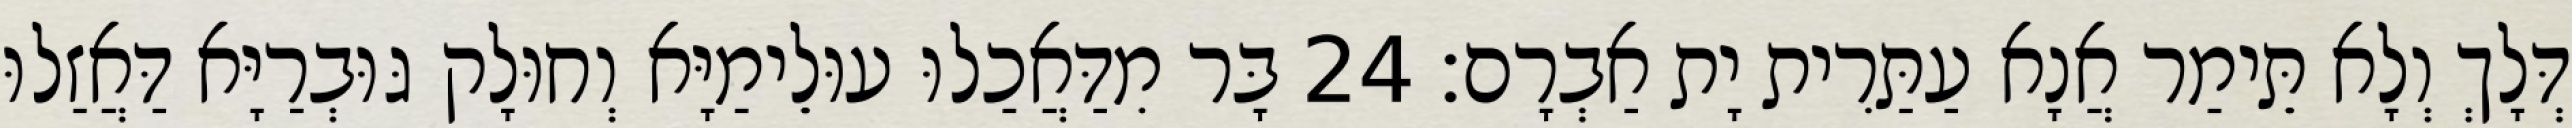
דְּלָךְ וְלָא תֵּימַר אֲנָא עַתַּרִית יָת אַבְרָם׃ 24 בָּר מִדַּאֲכַלוּ עוּלֵימַיָּא וְחוּלָק גּוּבְרַיָּא דַּאֲזַלוּ